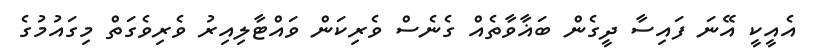
އެއީކީ އޭނަ ފައިސާ ދީގެން ބަޣާވާތެއް ގެނެސް ވެރިކަން ވައްޓާލިއިރު ވެރިވެގަތް މިގައުމުގެ